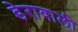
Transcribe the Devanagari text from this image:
डेरावाली